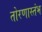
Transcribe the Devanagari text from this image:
तोरणास्तंभ